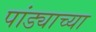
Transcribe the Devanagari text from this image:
पांड्याच्या